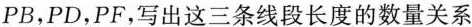
PB，PD，PF，写出这三条线段长度的数量关系